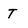
Character: T